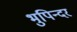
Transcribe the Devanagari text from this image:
भुपिन्दर